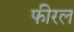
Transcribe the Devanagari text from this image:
फीरल